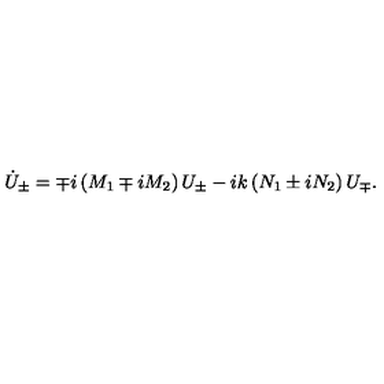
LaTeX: \dot { U } _ { \pm } = \mp i \left( M _ { 1 } \mp i M _ { 2 } \right) U _ { \pm } - i k \left( N _ { 1 } \pm i N _ { 2 } \right) U _ { \mp } .